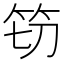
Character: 𮅀